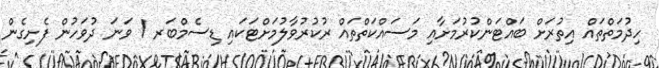
ހިދުމަތްތައް އިތުރަށް ބައްޓަންކުރުމަށާއި މަސައްކަތްތައް ރުކުރުވާލުމަށްޓަކައި ޑިސެމްބަރ 1 ވަނަ ދުވަހުން ފެށިގެން